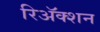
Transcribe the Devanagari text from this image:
रिअॅक्शन